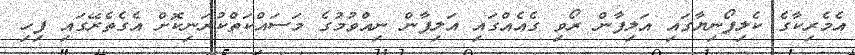
އެމެރިކާގެ ކެލިފޯނިޔާގައި އަލިފާން ރޯވި ގެއެއްގައި އަލިފާން ނިއްވުމުގެ މަސައްކަތްކުރަނިކޮށް އެގެތެރޭގައި ފިހި